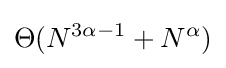
\Theta (N^{3\alpha -1}+N^{\alpha })